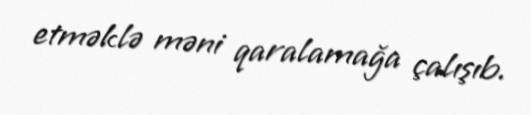
etməklə məni qaralamağa çalışıb.